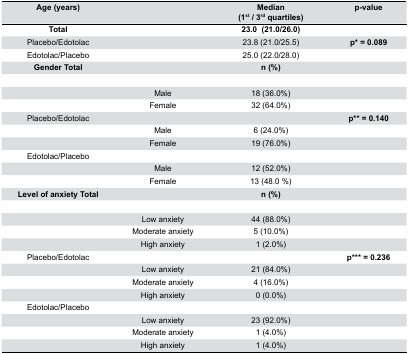
<table><thead><tr><td><b>Age (years)</b></td><td></td><td><b>Median (1<sup>st</sup> / 3<sup>rd</sup> quartiles)</b></td><td><b>p-value</b></td></tr></thead><tbody><tr><td><b>Total</b></td><td></td><td><b>23.0 (21.0/26.0)</b></td><td></td></tr><tr><td>Placebo/Edotolac</td><td></td><td>23.8 (21.0/25.5)</td><td><b>p</b>*<b>= 0.089</b></td></tr><tr><td>Edotolac/Placebo</td><td></td><td>25.0 (22.0/28.0)</td><td></td></tr><tr><td><b>Gender Total</b></td><td></td><td><b>n (%)</b></td><td></td></tr><tr><td></td><td>Male</td><td>18 (36.0%)</td><td></td></tr><tr><td></td><td>Female</td><td>32 (64.0%)</td><td></td></tr><tr><td>Placebo/Edotolac</td><td></td><td></td><td><b>p</b>**<b>= 0.140</b></td></tr><tr><td></td><td>Male</td><td>6 (24.0%)</td><td></td></tr><tr><td></td><td>Female</td><td>19 (76.0%)</td><td></td></tr><tr><td>Edotolac/Placebo</td><td></td><td></td><td></td></tr><tr><td></td><td>Male</td><td>12 (52.0%)</td><td></td></tr><tr><td></td><td>Female</td><td>13 (48.0 %)</td><td></td></tr><tr><td><b>Level of anxiety Total</b></td><td></td><td><b>n (%)</b></td><td></td></tr><tr><td></td><td>Low anxiety</td><td>44 (88.0%)</td><td></td></tr><tr><td></td><td>Moderate anxiety</td><td>5 (10.0%)</td><td></td></tr><tr><td></td><td>High anxiety</td><td>1 (2.0%)</td><td></td></tr><tr><td>Placebo/Edotolac</td><td></td><td></td><td><b>p</b>***<b>= 0.236</b></td></tr><tr><td></td><td>Low anxiety</td><td>21 (84.0%)</td><td></td></tr><tr><td></td><td>Moderate anxiety</td><td>4 (16.0%)</td><td></td></tr><tr><td></td><td>High anxiety</td><td>0 (0.0%)</td><td></td></tr><tr><td>Edotolac/Placebo</td><td></td><td></td><td></td></tr><tr><td></td><td>Low anxiety</td><td>23 (92.0%)</td><td></td></tr><tr><td></td><td>Moderate anxiety</td><td>1 (4.0%)</td><td></td></tr><tr><td></td><td>High anxiety</td><td>1 (4.0%)</td><td></td></tr></tbody></table>